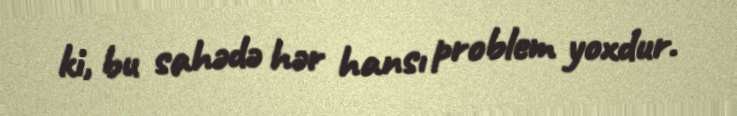
ki, bu sahədə hər hansı problem yoxdur.